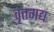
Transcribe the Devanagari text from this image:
वृत्तगद्य